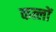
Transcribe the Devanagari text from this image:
कत्लों